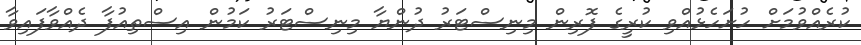
ކުރެއްވުމަށް ހުށަހެޅުއްވި ކުރީގެ ފޮރިން މިނިސްޓަރު ދުންޔާ މިނިސްޓަރު ކަމުން އިސްތިއުފާ ދެއްވާފައިވާ